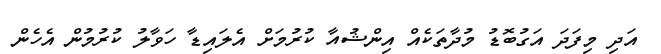
އަދި މިފަދަ އަގުބޮޑު މުދާތަކެއް އިންޝުއާ ކުރުމަށް އެލައިޑާ ހަވާލު ކުރުމުން އެހެން